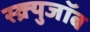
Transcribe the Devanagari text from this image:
स्क्र्युजॉब